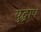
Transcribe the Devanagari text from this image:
युद्धाप